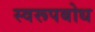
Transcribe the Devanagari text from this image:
स्वरूपबोध